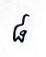
៨